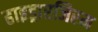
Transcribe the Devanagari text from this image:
हाइड्रारजिरम